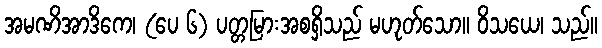
အမဏိအာဒိကေ၊ (ပေ ၆) ပတ္တမြားအစရှိသည် မဟုတ်သော။ ဝိသယေ၊ သည်။